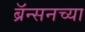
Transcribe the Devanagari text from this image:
ब्रॅन्सनच्या